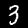
Digit: 3